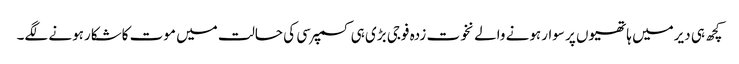
کچھ ہی دیرمیں ہاتھیوں پر سوارہونے والے نخوت زدہ فوجی بڑی ہی کسمپرسی کی حالت میں موت کاشکارہونے لگے۔